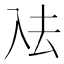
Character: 𭀼